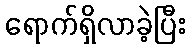
ရောက်ရှိလာခဲ့ပြီး